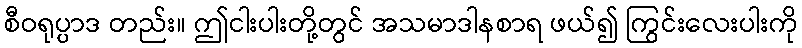
စီဝရုပ္ပာဒ တည်း။ ဤငါးပါးတို့တွင် အသမာဒါနစာရ ဖယ်၍ ကြွင်းလေးပါးကို